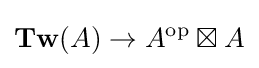
\mathbf {Tw} (A)\rightarrow A^{\mathrm {op} }\boxtimes A